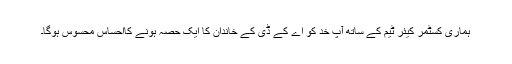
ہماری کسٹمر کیئر ٹیم کے ساتھ آپ خد کو اے کے ڈی کے خاندان کا ایک حصہ ہونے کااحساس محسوس ہوگا۔